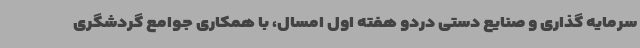
سرمایه گذاری و صنایع دستی دردو هفته اول امسال، با همکاری جوامع گردشگری